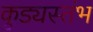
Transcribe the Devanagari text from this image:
कुड्यस्तंभ